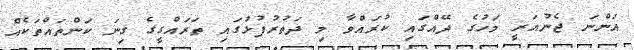
އަންނަ ޖެނުއަރީ މަހުގެ ދޭއްގައި ކުރައްވާ މި ދަތުރުފުޅުގައި ތަރައްގީގެ ގިނަ ކަންތައްތަކެއް